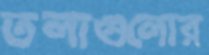
তলাগুলোর